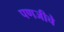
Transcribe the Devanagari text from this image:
पणजीचे